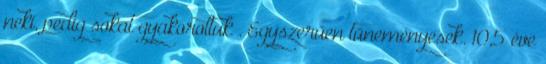
neki, pedig sokat gyakoroltuk . Egyszerűen tüneményesek. 10,5 éve